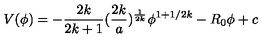
V ( \phi ) = - { \frac { 2 k } { 2 k + 1 } } ( { \frac { 2 k } { a } } ) ^ { \frac { 1 } { 2 k } } \phi ^ { 1 + 1 / 2 k } - R _ { 0 } \phi + c